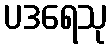
ပဒရေသု